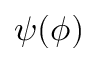
\psi ( \phi )